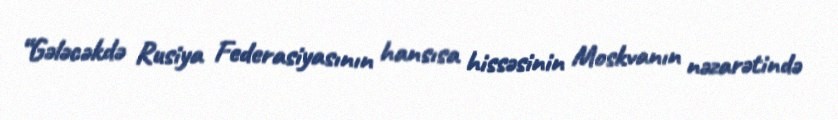
“Gələcəkdə Rusiya Federasiyasının hansısa hissəsinin Moskvanın nəzarətində